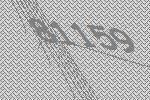
81159